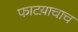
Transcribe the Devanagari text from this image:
फाटय़ाचाच